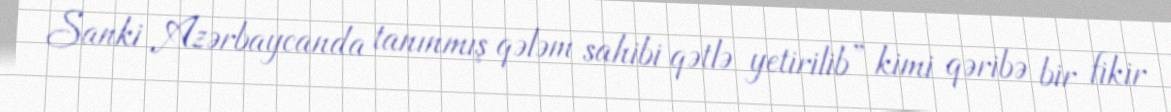
Sanki Azərbaycanda tanınmış qələm sahibi qətlə yetirilib” kimi qəribə bir fikir